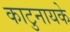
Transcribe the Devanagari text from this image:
काटुनायके